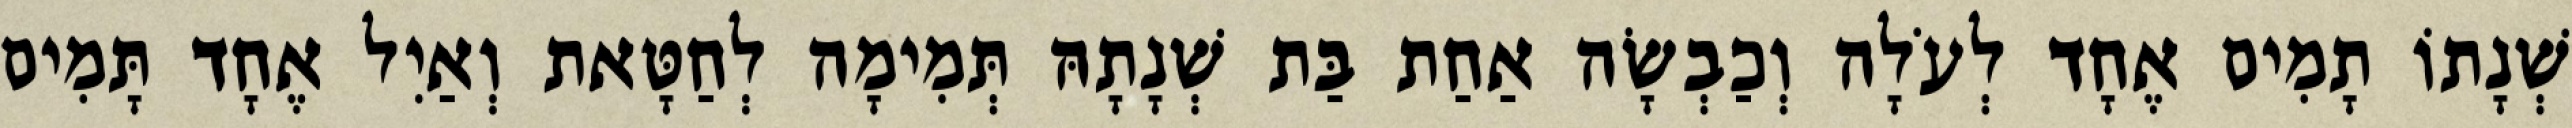
שְׁנָתוֹ תָמִים אֶחָד לְעֹלָה וְכַבְשָׂה אַחַת בַּת שְׁנָתָהּ תְּמִימָה לְחַטָּאת וְאַיִל אֶחָד תָּמִים